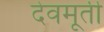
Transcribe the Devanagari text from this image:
देवमूर्ती